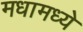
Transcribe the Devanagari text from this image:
मधामध्ये